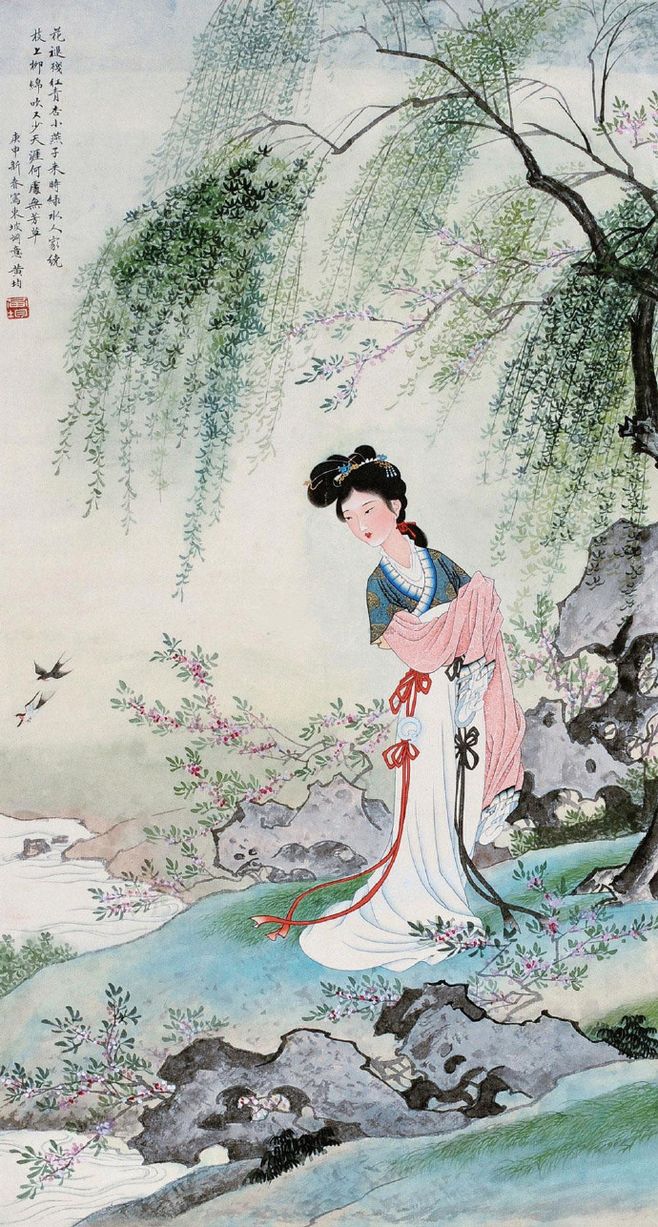
花褪残红青杏小。燕子飞时，绿水人家绕。